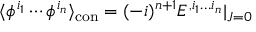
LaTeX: \langle \phi ^ { i _ { 1 } } \cdots \phi ^ { i _ { n } } \rangle _ { \mathrm { c o n } } = ( - i ) ^ { n + 1 } E ^ { , i _ { 1 } \dots i _ { n } } | _ { J = 0 }